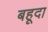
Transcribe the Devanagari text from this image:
बहूदा